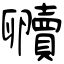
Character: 贕